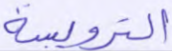
الترويسة